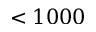
< 1 0 0 0